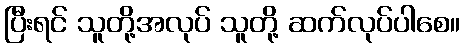
ပြီးရင် သူတို့အလုပ် သူတို့ ဆက်လုပ်ပါစေ။